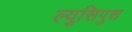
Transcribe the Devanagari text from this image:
ल्युसिपुस